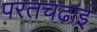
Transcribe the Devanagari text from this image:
परतचढाई